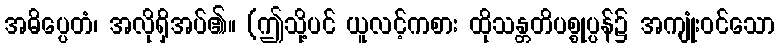
အဓိပ္ပေတံ၊ အလိုရှိအပ်၏။ (ဤသို့ပင် ယူလင့်ကစား ထိုသန္တတိပစ္စုပ္ပန်၌ အကျုံးဝင်သော